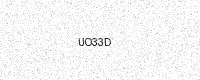
Text: UO33D